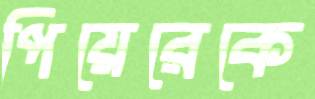
পিয়েরেকে